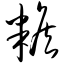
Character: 糇